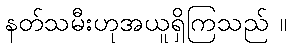
နတ်သမီးဟုအယူရှိကြသည် ။